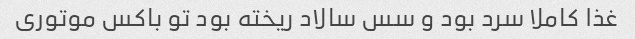
غذا کاملا سرد بود و سس سالاد ریخته بود تو باکس موتوری